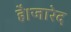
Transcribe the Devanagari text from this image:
है।जारेद